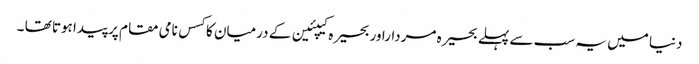
دنیا میں یہ سب سے پہلے بحیرہ مرداراور بحیرہ کیپئین کے درمیان کا کسس نامی مقام پر پیدا ہوتا تھا ۔